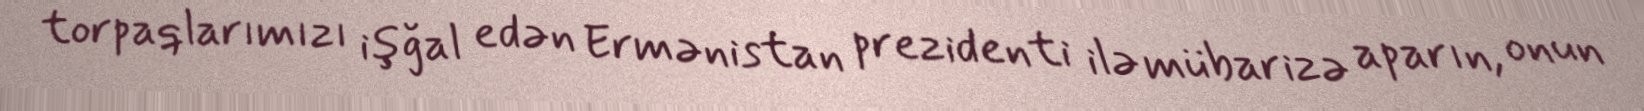
torpaqlarımızı işğal edən Ermənistan prezidenti ilə mübarizə aparın, onun